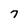
Character: 7